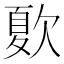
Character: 𣣺